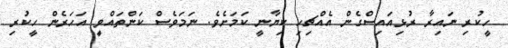
ހީކުރި ނައިރާ ރުޅިއައިސްގެން އެއްޗިހި ކިޔާނީ ކަމަށެވެ. ނަމަވެސް ކަންތައްވިީ އަހަރެން ހީކުރި